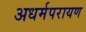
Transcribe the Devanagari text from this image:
अधर्मपरायण